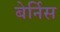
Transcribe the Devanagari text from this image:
बेर्निस